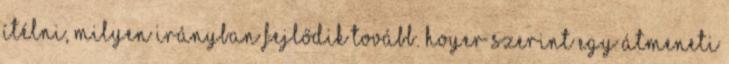
ítélni, milyen irányban fejlődik tovább. Hoyer szerint egy átmeneti